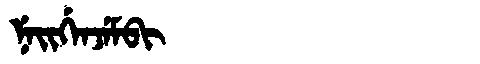
Manchu: ᠨᡝᡳᡤᡝᠨᠵᡝᠮᠪᡳ
Romanization: NEIGENJEMBI